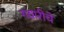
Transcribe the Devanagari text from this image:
गवारीचे